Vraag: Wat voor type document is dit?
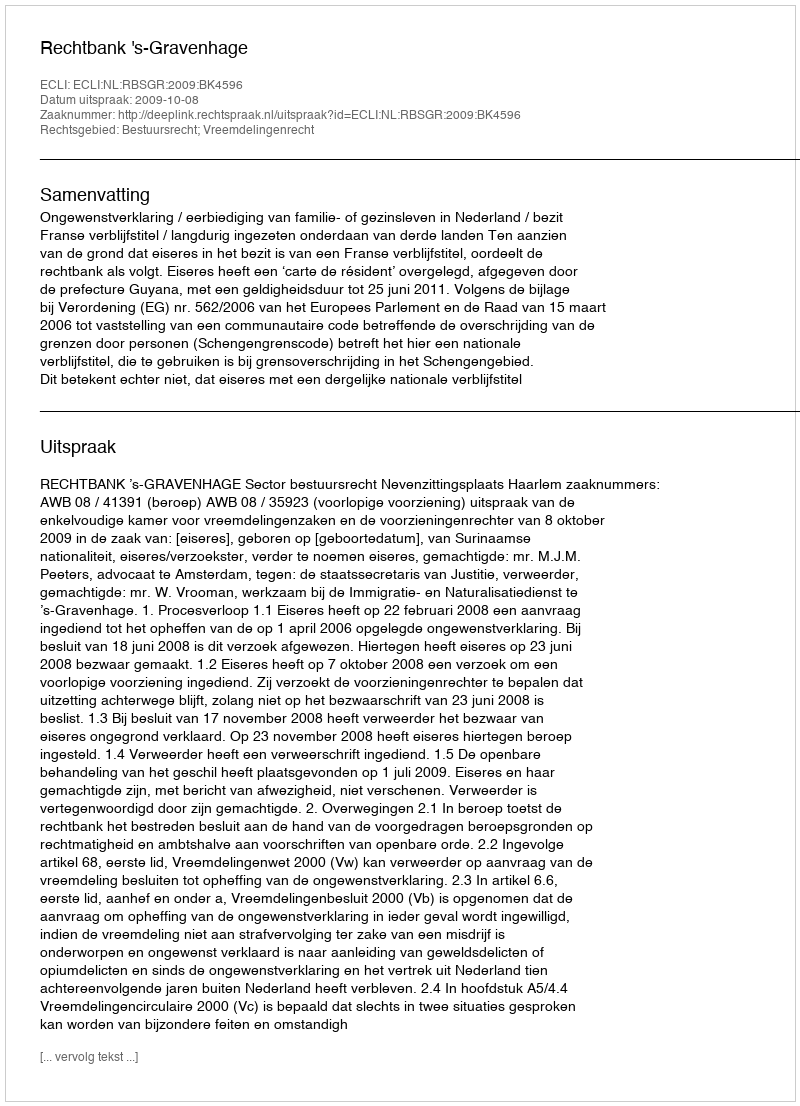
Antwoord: Uitspraak